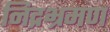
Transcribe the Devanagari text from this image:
निद्रभ्रमण